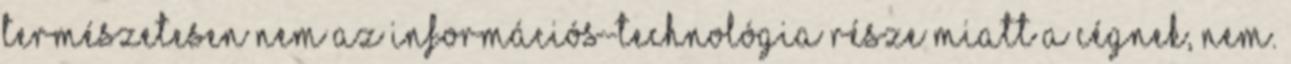
Természetesen nem az információs-technológia része miatt a cégnek, nem.